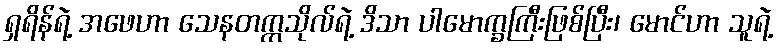
ရှရိန်ရဲ့ အဖေဟာ သေနတက္ကသိုလ်ရဲ့ ဒိသာ ပါမောက္ခကြီးဖြစ်ပြီး၊ မောင်ဟာ သူရဲ့